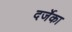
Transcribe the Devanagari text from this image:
दर्जेका